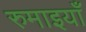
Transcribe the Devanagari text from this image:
रुमाइयाँ